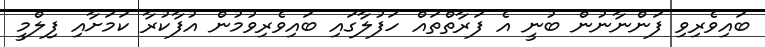
ބައިވެރިވި ފަންނާނުން ބުނީ އެ ފަރާތްތައް ހަފުލާގައި ބައިވެރިވުމުން އުފާކުރާ ކަމަށާއި ފިލްމީ